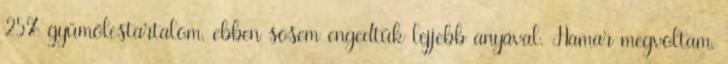
25% gyümölcstartalom, ebben sosem engedtük lejjebb anyával. Hamar megvoltam,